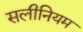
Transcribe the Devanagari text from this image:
सलीनियम